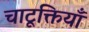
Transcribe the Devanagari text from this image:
चाटूक्तियाँ